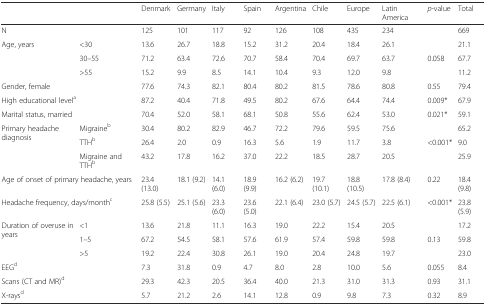
<table><thead><tr><td></td><td></td><td><b>Denmark</b></td><td><b>Germany</b></td><td><b>Italy</b></td><td><b>Spain</b></td><td><b>Argentina</b></td><td><b>Chile</b></td><td><b>Europe</b></td><td><b>Latin America</b></td><td><b><i>p</i>-value</b></td><td><b>Total</b></td></tr></thead><tbody><tr><td colspan="2">N</td><td>125</td><td>101</td><td>117</td><td>92</td><td>126</td><td>108</td><td>435</td><td>234</td><td></td><td>669</td></tr><tr><td rowspan="3">Age, years</td><td>&lt;30</td><td>13.6</td><td>26.7</td><td>18.8</td><td>15.2</td><td>31.2</td><td>20.4</td><td>18.4</td><td>26.1</td><td></td><td>21.1</td></tr><tr><td>30–55</td><td>71.2</td><td>63.4</td><td>72.6</td><td>70.7</td><td>58.4</td><td>70.4</td><td>69.7</td><td>63.7</td><td>0.058</td><td>67.7</td></tr><tr><td>&gt;55</td><td>15.2</td><td>9.9</td><td>8.5</td><td>14.1</td><td>10.4</td><td>9.3</td><td>12.0</td><td>9.8</td><td></td><td>11.2</td></tr><tr><td colspan="2">Gender, female</td><td>77.6</td><td>74.3</td><td>82.1</td><td>80.4</td><td>80.2</td><td>81.5</td><td>78.6</td><td>80.8</td><td>0.55</td><td>79.4</td></tr><tr><td colspan="2">High educational level<sup>a</sup></td><td>87.2</td><td>40.4</td><td>71.8</td><td>49.5</td><td>80.2</td><td>67.6</td><td>64.4</td><td>74.4</td><td>0.009*</td><td>67.9</td></tr><tr><td colspan="2">Marital status, married</td><td>70.4</td><td>52.0</td><td>58.1</td><td>68.1</td><td>50.8</td><td>55.6</td><td>62.4</td><td>53.0</td><td>0.021*</td><td>59.1</td></tr><tr><td rowspan="3">Primary headache diagnosis</td><td>Migraine<sup>b</sup></td><td>30.4</td><td>80.2</td><td>82.9</td><td>46.7</td><td>72.2</td><td>79.6</td><td>59.5</td><td>75.6</td><td></td><td>65.2</td></tr><tr><td>TTH<sup>b</sup></td><td>26.4</td><td>2.0</td><td>0.9</td><td>16.3</td><td>5.6</td><td>1.9</td><td>11.7</td><td>3.8</td><td>&lt;0.001*</td><td>9.0</td></tr><tr><td>Migraine and TTH<sup>b</sup></td><td>43.2</td><td>17.8</td><td>16.2</td><td>37.0</td><td>22.2</td><td>18.5</td><td>28.7</td><td>20.5</td><td></td><td>25.9</td></tr><tr><td colspan="2">Age of onset of primary headache, years</td><td>23.4 (13.0)</td><td>18.1 (9.2)</td><td>14.1 (6.0)</td><td>18.9 (9.9)</td><td>16.2 (6.2)</td><td>19.7 (10.1)</td><td>18.8 (10.5)</td><td>17.8 (8.4)</td><td>0.22</td><td>18.4 (9.8)</td></tr><tr><td colspan="2">Headache frequency, days/month<sup>c</sup></td><td>25.8 (5.5)</td><td>25.1 (5.6)</td><td>23.3 (6.0)</td><td>23.6 (5.0)</td><td>22.1 (6.4)</td><td>23.0 (5.7)</td><td>24.5 (5.7)</td><td>22.5 (6.1)</td><td>&lt;0.001*</td><td>23.8 (5.9)</td></tr><tr><td rowspan="3">Duration of overuse in years</td><td>&lt;1</td><td>13.6</td><td>21.8</td><td>11.1</td><td>16.3</td><td>19.0</td><td>22.2</td><td>15.4</td><td>20.5</td><td></td><td>17.2</td></tr><tr><td>1–5</td><td>67.2</td><td>54.5</td><td>58.1</td><td>57.6</td><td>61.9</td><td>57.4</td><td>59.8</td><td>59.8</td><td>0.13</td><td>59.8</td></tr><tr><td>&gt;5</td><td>19.2</td><td>22.4</td><td>30.8</td><td>26.1</td><td>19.0</td><td>20.4</td><td>24.8</td><td>19.7</td><td></td><td>23.0</td></tr><tr><td colspan="2">EEG<sup>d</sup></td><td>7.3</td><td>31.8</td><td>0.9</td><td>4.7</td><td>8.0</td><td>2.8</td><td>10.0</td><td>5.6</td><td>0.055</td><td>8.4</td></tr><tr><td colspan="2">Scans (CT and MR)<sup>d</sup></td><td>29.3</td><td>42.3</td><td>20.5</td><td>36.4</td><td>40.0</td><td>21.3</td><td>31.0</td><td>31.3</td><td>0.93</td><td>31.1</td></tr><tr><td colspan="2">X-rays<sup>d</sup></td><td>5.7</td><td>21.2</td><td>2.6</td><td>14.1</td><td>12.8</td><td>0.9</td><td>9.8</td><td>7.3</td><td>0.32</td><td>8.9</td></tr></tbody></table>